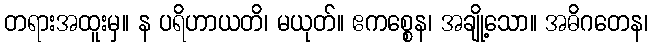
တရားအထူးမှ။ န ပရိဟာယတိ၊ မယုတ်။ ဧကစ္စေန၊ အချို့သော။ အဓိဂတေန၊